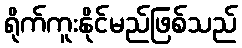
ရိုက်ကူးနိုင်မည်ဖြစ်သည်